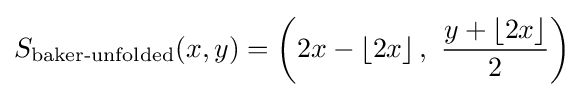
S_{\text{baker-unfolded}}(x,y)=\left(2x-\left\lfloor 2x\right\rfloor ,\ {\frac {y+\left\lfloor 2x\right\rfloor }{2}}\right)